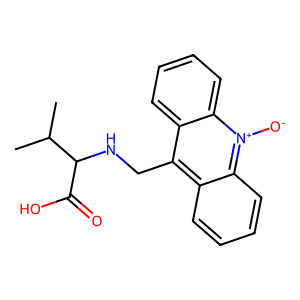
SMILES: CC(C)C(NCc1c2ccccc2[n+]([O-])c2ccccc12)C(=O)O
Inhibits HIV replication: No